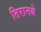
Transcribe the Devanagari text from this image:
तिरानबे